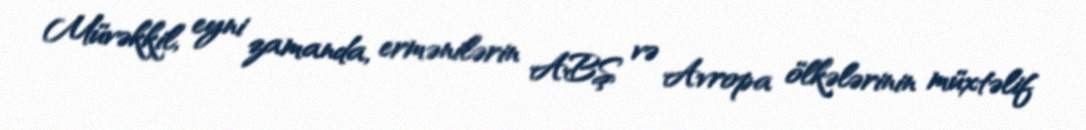
Müvəkkil, eyni zamanda, ermənilərin ABŞ və Avropa ölkələrinin müxtəlif